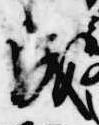
成